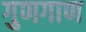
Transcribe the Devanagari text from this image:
गुणगाण